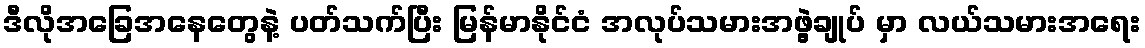
ဒီလိုအခြေအနေတွေနဲ့ ပတ်သက်ပြီး မြန်မာနိုင်ငံ အလုပ်သမားအဖွဲ့ချုပ် မှာ လယ်သမားအရေး